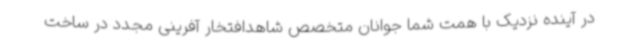
در آینده نزدیک با همت شما جوانان متخصص شاهدافتخار آفرینی مجدد در ساخت